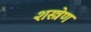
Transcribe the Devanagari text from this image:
शस्त्रेण